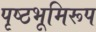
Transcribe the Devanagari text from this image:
पृष्ठभूमिरूप